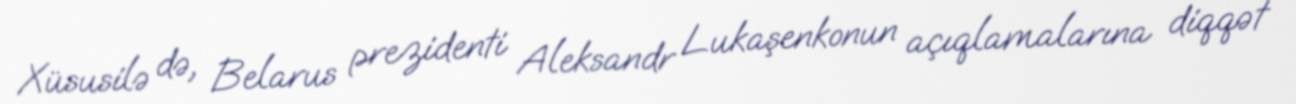
Xüsusilə də, Belarus prezidenti Aleksandr Lukaşenkonun açıqlamalarına diqqət